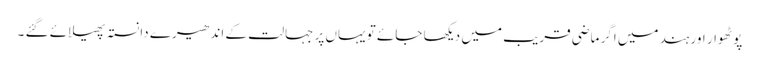
پوٹھوار اور ہند میں اگر ماضی قریب میں دیکھا جائے تو یہاں پر جہالت کے اندھیرے دانستہ پھیلائے گئے ۔